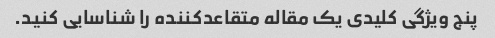
پنج ویژگی کلیدی یک مقاله متقاعدکننده را شناسایی کنید.